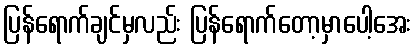
ပြန်ရောက်ချင်မှလည်း ပြန်ရောက်တော့မှာပေါ့အေး